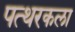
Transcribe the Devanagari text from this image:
पत्थरकला